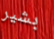
بشير